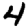
Digit: 4